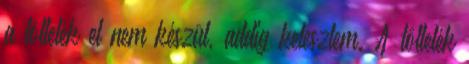
a töltelék el nem készül, addig kelesztem. A töltelék